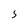
Character: 5